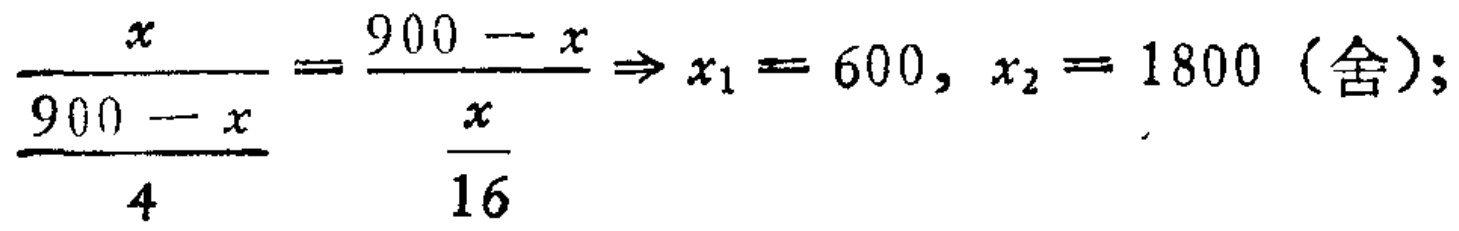
\(\frac{x}{\frac{900 - x}{4}} = \frac{900 - x}{\frac{x}{16}}\Rightarrow x_{1} = 600, x_{2} = 1800 \text{ (舍)};\)